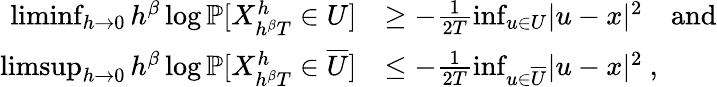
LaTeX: \begin{array}{rl}{\operatorname*{liminf}_{h\rightarrow 0}h^{\beta}\log\mathbb{P}[X_{h^{\beta}T}^{h}\in U]}&{\geq-\frac{1}{2T}\operatorname*{inf}_{u\in U}\lvert u-x\rvert^{2}\quad\mathrm{and}}\\ {\operatorname*{limsup}_{h\rightarrow 0}h^{\beta}\log\mathbb{P}[X_{h^{\beta}T}^{h}\in\overline{{U}}]}&{\leq-\frac{1}{2T}\operatorname*{inf}_{u\in\overline{{U}}}\lvert u-x\rvert^{2}\ ,}\end{array}